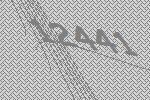
12441